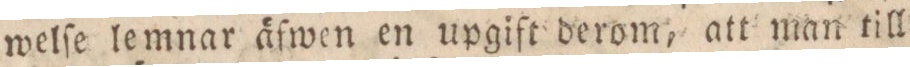
welſe lemnar äfwen en upgift derom, att man till